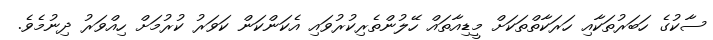
ސާކުގެ ހަބަރުތަކާއި ހަރަކާތްތަކަށް މީޑިއާތައް ހޭލުންތެރިކުރުވައި އެކަންކަން ކަވަރު ކުރުމަށް ހިއްވަރު ދިނުމެވެ.